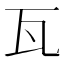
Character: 瓦